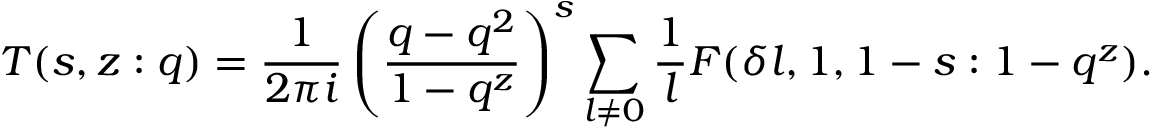
T ( s , z : q ) = \frac { 1 } { 2 \pi i } \left( \frac { q - q ^ { 2 } } { 1 - q ^ { z } } \right) ^ { s } \sum _ { l \ne 0 } \frac { 1 } { l } F ( \delta l , 1 , 1 - s : 1 - q ^ { z } ) .